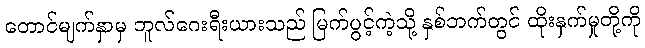
တောင်မျက်နှာမှ ဘူလ်ဂေးရီးယားသည် မြက်ပွင့်ကဲ့သို့ နှစ်ဘက်တွင် ထိုးနှက်မှုတို့ကို